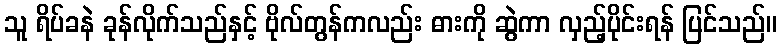
သူ ရိပ်ခနဲ ခုန်လိုက်သည်နှင့် ဗိုလ်တွန်ကလည်း ဓားကို ဆွဲကာ လှည့်ပိုင်းရန် ပြင်သည်။